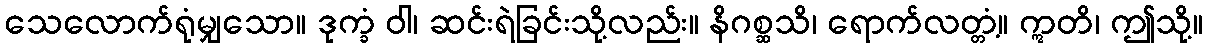
သေလောက်ရုံမျှသော။ ဒုက္ခံ ဝါ၊ ဆင်းရဲခြင်းသို့လည်း။ နိဂစ္ဆသိ၊ ရောက်လတ္တံ့။ ဣတိ၊ ဤသို့။